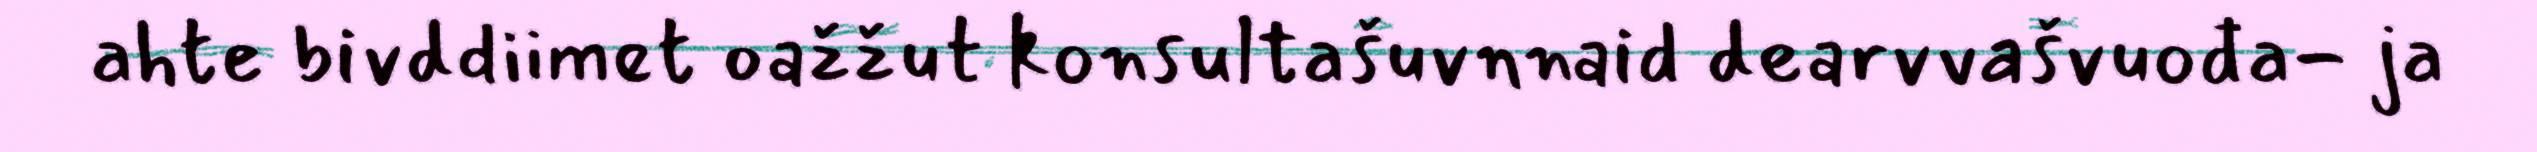
ahte bivddiimet oažžut konsultašuvnnaid dearvvašvuođa- ja